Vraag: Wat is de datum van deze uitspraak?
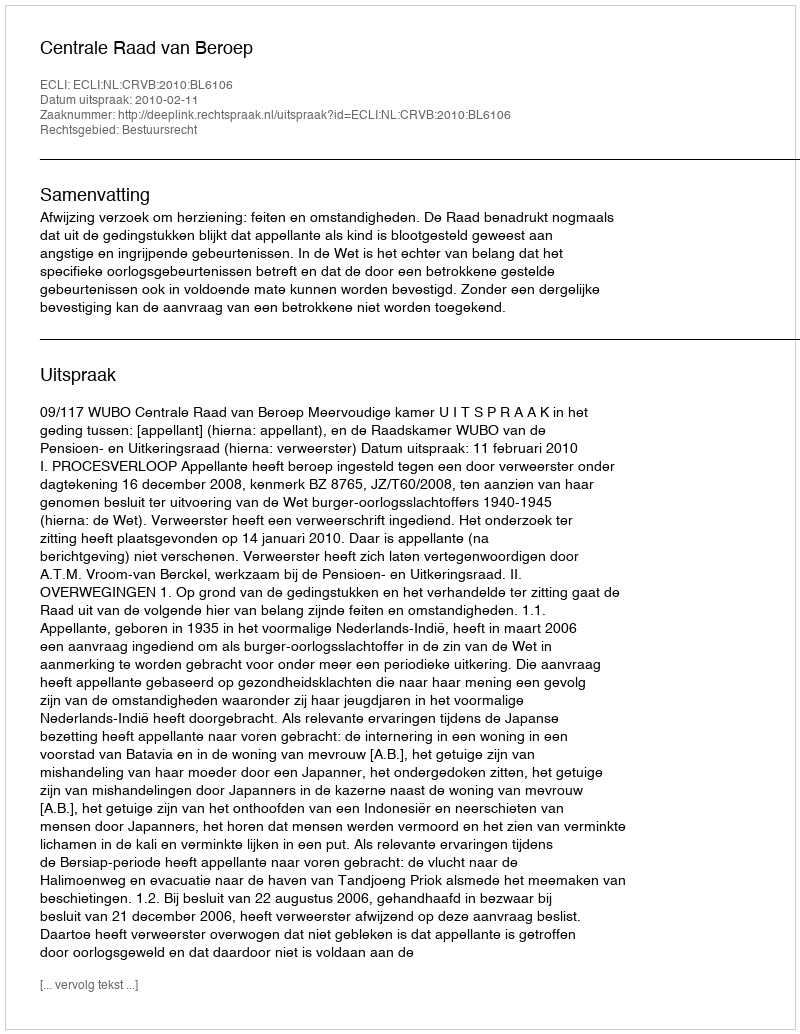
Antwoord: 2010-02-11